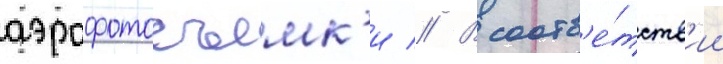
аэрофотосъемк'и // В соотв'е́тств'ии